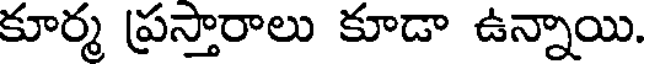
కూర్మ ప్రస్తారాలు కూడా ఉన్నాయి.